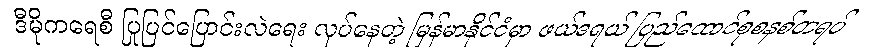
ဒီမိုကရေစီ ပြုပြင်ပြောင်းလဲရေး လုပ်နေတဲ့ မြန်မာနိုင်ငံမှာ ဖယ်ဒရယ် ပြည်ထောင်စုစနစ်တရပ်